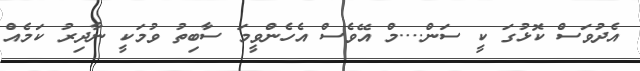
އެދުވަސް ކޮޅުގަ ކީ ސަން....މް އޭވެސް އެހެންވީމަ ސާބިތު ވުމަކީ ނާދިރު ކަމެއް